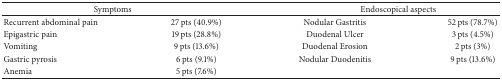
<table><thead><tr><td colspan="2"><b>Symptoms</b></td><td colspan="2"><b>Endoscopical aspects</b></td></tr></thead><tbody><tr><td>Recurrent abdominal pain</td><td>27 pts (40.9%)</td><td>Nodular Gastritis</td><td>52 pts (78.7%)</td></tr><tr><td>Epigastric pain</td><td>19 pts (28.8%)</td><td>Duodenal Ulcer</td><td>3 pts (4.5%)</td></tr><tr><td>Vomiting</td><td>9 pts (13.6%)</td><td>Duodenal Erosion</td><td>2 pts (3%)</td></tr><tr><td>Gastric pyrosis</td><td>6 pts (9.1%)</td><td>Nodular Duodenitis</td><td>9 pts (13.6%)</td></tr><tr><td>Anemia</td><td>5 pts (7.6%)</td><td> </td><td> </td></tr></tbody></table>